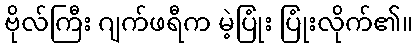
ဗိုလ်ကြီး ဂျက်ဖရီက မဲ့ပြုံး ပြုံးလိုက်၏။